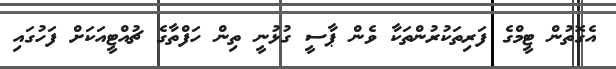
އެގޮތުން ޓީމްގެ ފަރިތަކުރުންތަކާ ވެން ޕާސީ ގުޅުނީ ތިން ހަފްތާގެ ޗުއްޓީއަކަށް ފަހުގައި